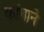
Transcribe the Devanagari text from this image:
कांगाने